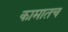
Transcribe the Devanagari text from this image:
कामातच